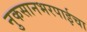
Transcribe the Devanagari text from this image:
नुकसानभरपाईचा